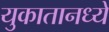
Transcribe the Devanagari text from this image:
युकातानध्ये